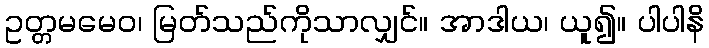
ဥတ္တမမေဝ၊ မြတ်သည်ကိုသာလျှင်။ အာဒါယ၊ ယူ၍။ ပါပါနိ